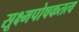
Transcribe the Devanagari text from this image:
सूक्ष्मपोषकतत्व